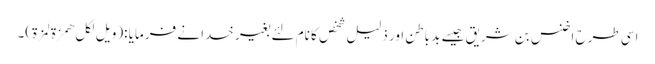
اسی طرح اخنس بن شریق جیسے بد باطن اور ذلیل شخص کا نام لئے بغیر خدا نے فرمایا :(ویل لکل ھمزة لمزة)۔